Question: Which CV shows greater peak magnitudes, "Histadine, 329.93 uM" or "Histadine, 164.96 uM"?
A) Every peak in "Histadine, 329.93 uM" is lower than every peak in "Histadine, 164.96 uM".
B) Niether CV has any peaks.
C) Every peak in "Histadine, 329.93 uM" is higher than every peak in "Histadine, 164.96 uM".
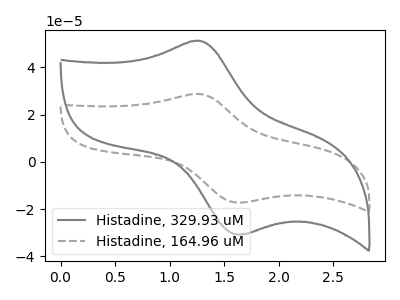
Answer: <think>The gray curve "Histadine, 329.93 uM" has an anodic peak at (1.25V, 51.20uA) and a cathodic peak at (1.65V, -30.65uA). The gray dashed curve "Histadine, 164.96 uM" has an anodic peak at (1.25V, 28.70uA) and a cathodic peak at (1.65V, -17.15uA).</think>
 <answer>C) Every peak in "Histadine, 329.93 uM" is higher than every peak in "Histadine, 164.96 uM".</answer>
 <eval>C</eval>